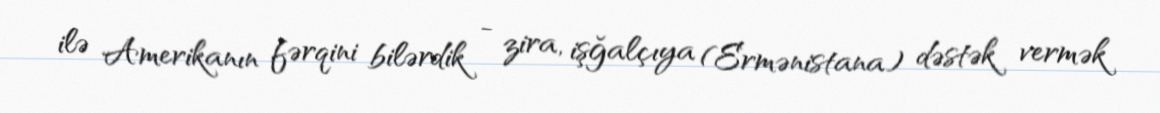
ilə Amerikanın fərqini bilərdik - zira, işğalçıya (Ermənistana) dəstək vermək